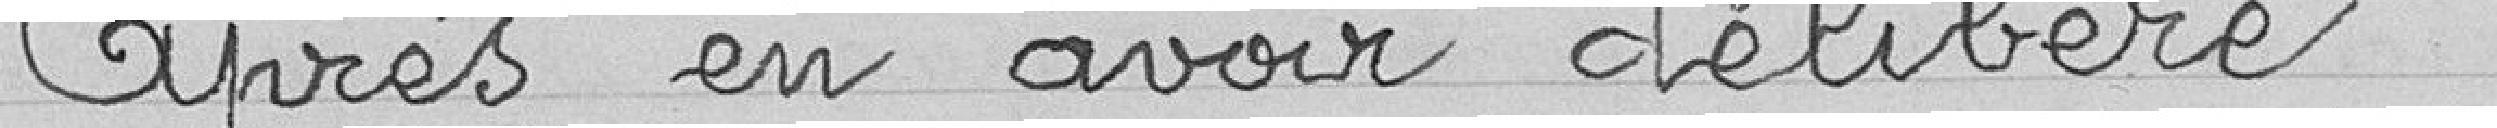
Après en avoir délibéré